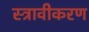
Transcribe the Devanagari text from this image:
स्त्रावीकरण